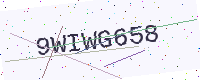
Text: 9WIWG658